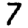
Digit: 7